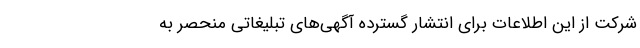
شرکت از این اطلاعات برای انتشار گسترده آگهی‌های تبلیغاتی منحصر به